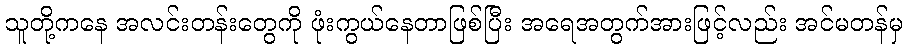
သူတို့ကနေ အလင်းတန်းတွေကို ဖုံးကွယ်နေတာဖြစ်ပြီး အရေအတွက်အားဖြင့်လည်း အင်မတန်မှ